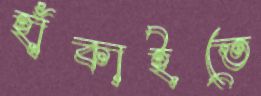
হাঁকাইতে